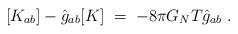
LaTeX: \begin{align*}[ K_{ab}] - \hat g_{ab} [ K]\; = \; - 8\pi G_N T \hat g_{ab} \ .\end{align*}